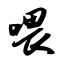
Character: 喂